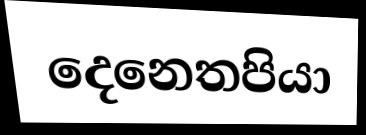
දෙනෙතපියා